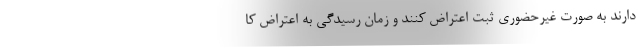
دارند به صورت غیرحضوری ثبت اعتراض کنند و زمان رسیدگی به اعتراض کا